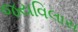
જયવિલાસ